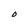
Character: O